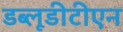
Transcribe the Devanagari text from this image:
डब्लूडीटीएन